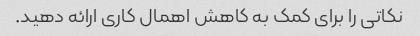
نکاتی را برای کمک به کاهش اهمال کاری ارائه دهید.